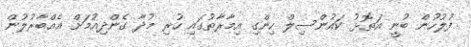
ފުލުހުން ބުނީ އަތޮޅު ކައުންސިލް ހިންގި އިމާރާތުގައި ހުރި މުދާ ގެންދިއުމަށް އެއްބާރުލުން